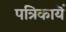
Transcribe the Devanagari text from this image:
पत्रिकायॆं